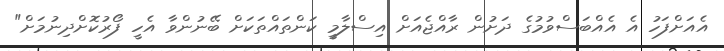
އެއަށްފަހު އެ އެއްބަސްވުމުގެ ދަށުން ރާއްޖެއަށް އިސްލާމީ ކަންތައްތަކަށް ބޭނުންވާ އެހީ ފޯރުކޮށްދިނުމަށް"